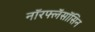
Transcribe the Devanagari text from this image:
नॉरफ्लॅसॉसिन